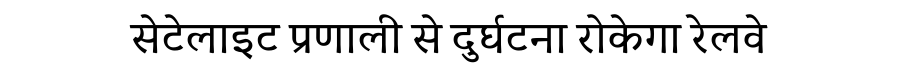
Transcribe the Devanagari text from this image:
सेटेलाइट प्रणाली से दुर्घटना रोकेगा रेलवे